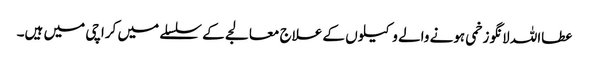
عطااللہ لانگو زخمی ہونے والے وکیلوں کے علاج معالجے کے سلسلے میں کراچی میں ہیں۔